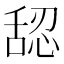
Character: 𰰅